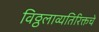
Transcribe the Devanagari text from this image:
विठ्ठलाव्यतिरिक्तचे